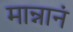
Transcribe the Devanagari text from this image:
मान्नानं